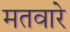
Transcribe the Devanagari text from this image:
मतवारे